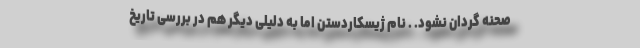
صحنه گردان نشود. . نام ژیسکاردستن اما به دلیلی دیگر هم در بررسی تاریخ